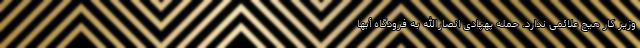
وزیر کار هیچ علائمی ندارد. حمله پهپادی انصارالله به فرودگاه أبها